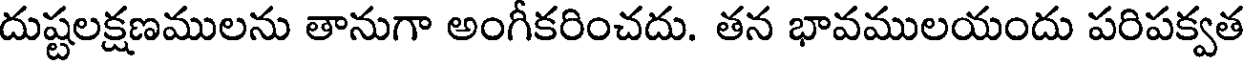
దుష్టలక్షణములను తానుగా అంగీకరించదు. తన భావములయందు పరిపక్వత